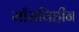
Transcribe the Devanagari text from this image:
माँसविहीन